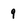
Character: q